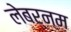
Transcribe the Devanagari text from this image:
लेबर्नम